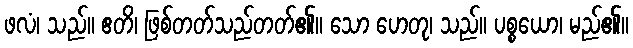
ဖလံ၊ သည်။ ဧတိ၊ ဖြစ်တတ်သည်တတ်၏။ သော ဟေတု၊ သည်။ ပစ္စယော၊ မည်၏။